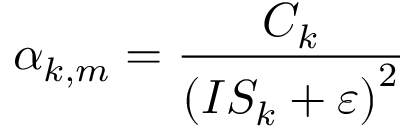
\alpha _ { k , m } = \frac { C _ { k } } { \left( I S _ { k } + \varepsilon \right) ^ { 2 } }